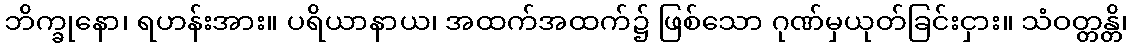
ဘိက္ခုနော၊ ရဟန်းအား။ ပရိယာနာယ၊ အထက်အထက်၌ ဖြစ်သော ဂုဏ်မှယုတ်ခြင်းငှား။ သံဝတ္တန္တိ၊